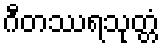
ဂီတဿရသုတ္တံ